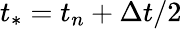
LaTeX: {{t}_{*}}={{t}_{n}}+\Delta t/2